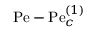
\mathrm { P e } - \mathrm { P e } _ { c } ^ { ( 1 ) }